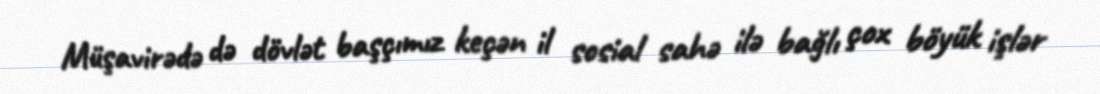
Müşavirədə də dövlət başçımız keçən il sosial sahə ilə bağlı çox böyük işlər